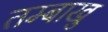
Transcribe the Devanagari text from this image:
तम्बाखु